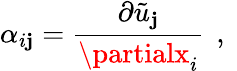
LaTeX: \alpha_{i\mathbf{j}}=\frac{{\partial\tilde{{u}}_{\mathbf{j}}}}{{\partialx_{i}}}\, \mathrm{{~,~}}